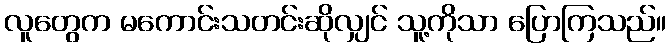
လူတွေက မကောင်းသတင်းဆိုလျှင် သူ့ကိုသာ ပြောကြသည်။